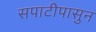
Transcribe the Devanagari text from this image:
सपाटीपासुन